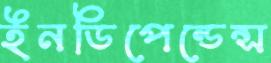
ইনডিপেন্ডেন্স